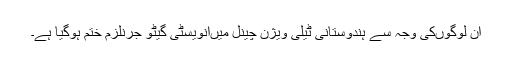
ان لوگوںکی وجہ سے ہندوستانی ٹیلی ویژن چینل میںانویسٹی گیٹو جرنلزم ختم ہوگیا ہے۔